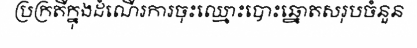
ប្រក្រតីក្នុងដំណើរការចុះឈ្មោះបោះឆ្នោតសរុបចំនួន